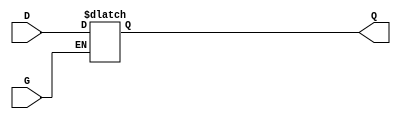
module GatedTransparentLatch (
    input wire D,     // Data input
    input wire G,     // Enable signal
    output reg Q      // Output
);

    always @(*) begin
        if (G) begin
            Q <= D;  // Transparent state: Q follows D when G is high
        end
        // When G is low, Q retains its last value (no assignment is made)
    end

endmodule